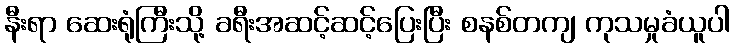
နီးရာ ဆေးရုံကြီးသို့ ခရီးအဆင့်ဆင့်ပြေးပြီး စနစ်တကျ ကုသမှုခံယူပါ